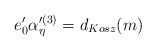
LaTeX: \begin{align*}e'_0 \alpha'^{(3)}_{\eta} =d_{Kosz} (m)\end{align*}